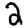
Digit: 2